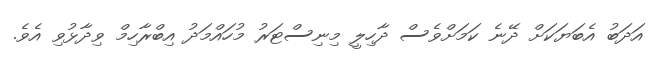
އަދަބު އެބަޔަކަށް ދޭނެ ކަމަށްވެސް ދާހިލީ މިނިސްޓަރު މުހައްމަދު އިބްރާހިމް ވިދާޅުވި އެވެ.